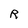
Character: R